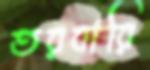
তরবারি